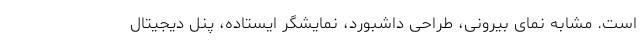
است. مشابه نمای بیرونی، طراحی داشبورد، نمایشگر ایستاده، پنل دیجیتال